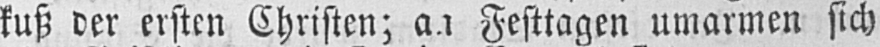
kuß der ersten Christen; an Festtagen umarmen sich